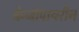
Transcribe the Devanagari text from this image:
बेन्जोपायरीन